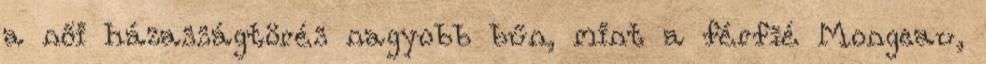
a női házasságtörés nagyobb bűn, mint a férﬁé Mongeau,